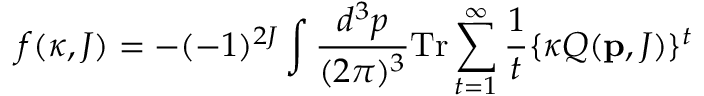
f ( \kappa , J ) = - ( - 1 ) ^ { 2 J } \int \frac { d ^ { 3 } p } { ( 2 \pi ) ^ { 3 } } \mathrm { T r } \sum _ { t = 1 } ^ { \infty } \frac { 1 } { t } \{ \kappa Q ( { \bf p } , J ) \} ^ { t }